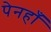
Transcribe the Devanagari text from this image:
पेनहाँ